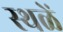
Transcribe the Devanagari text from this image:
स्थळें